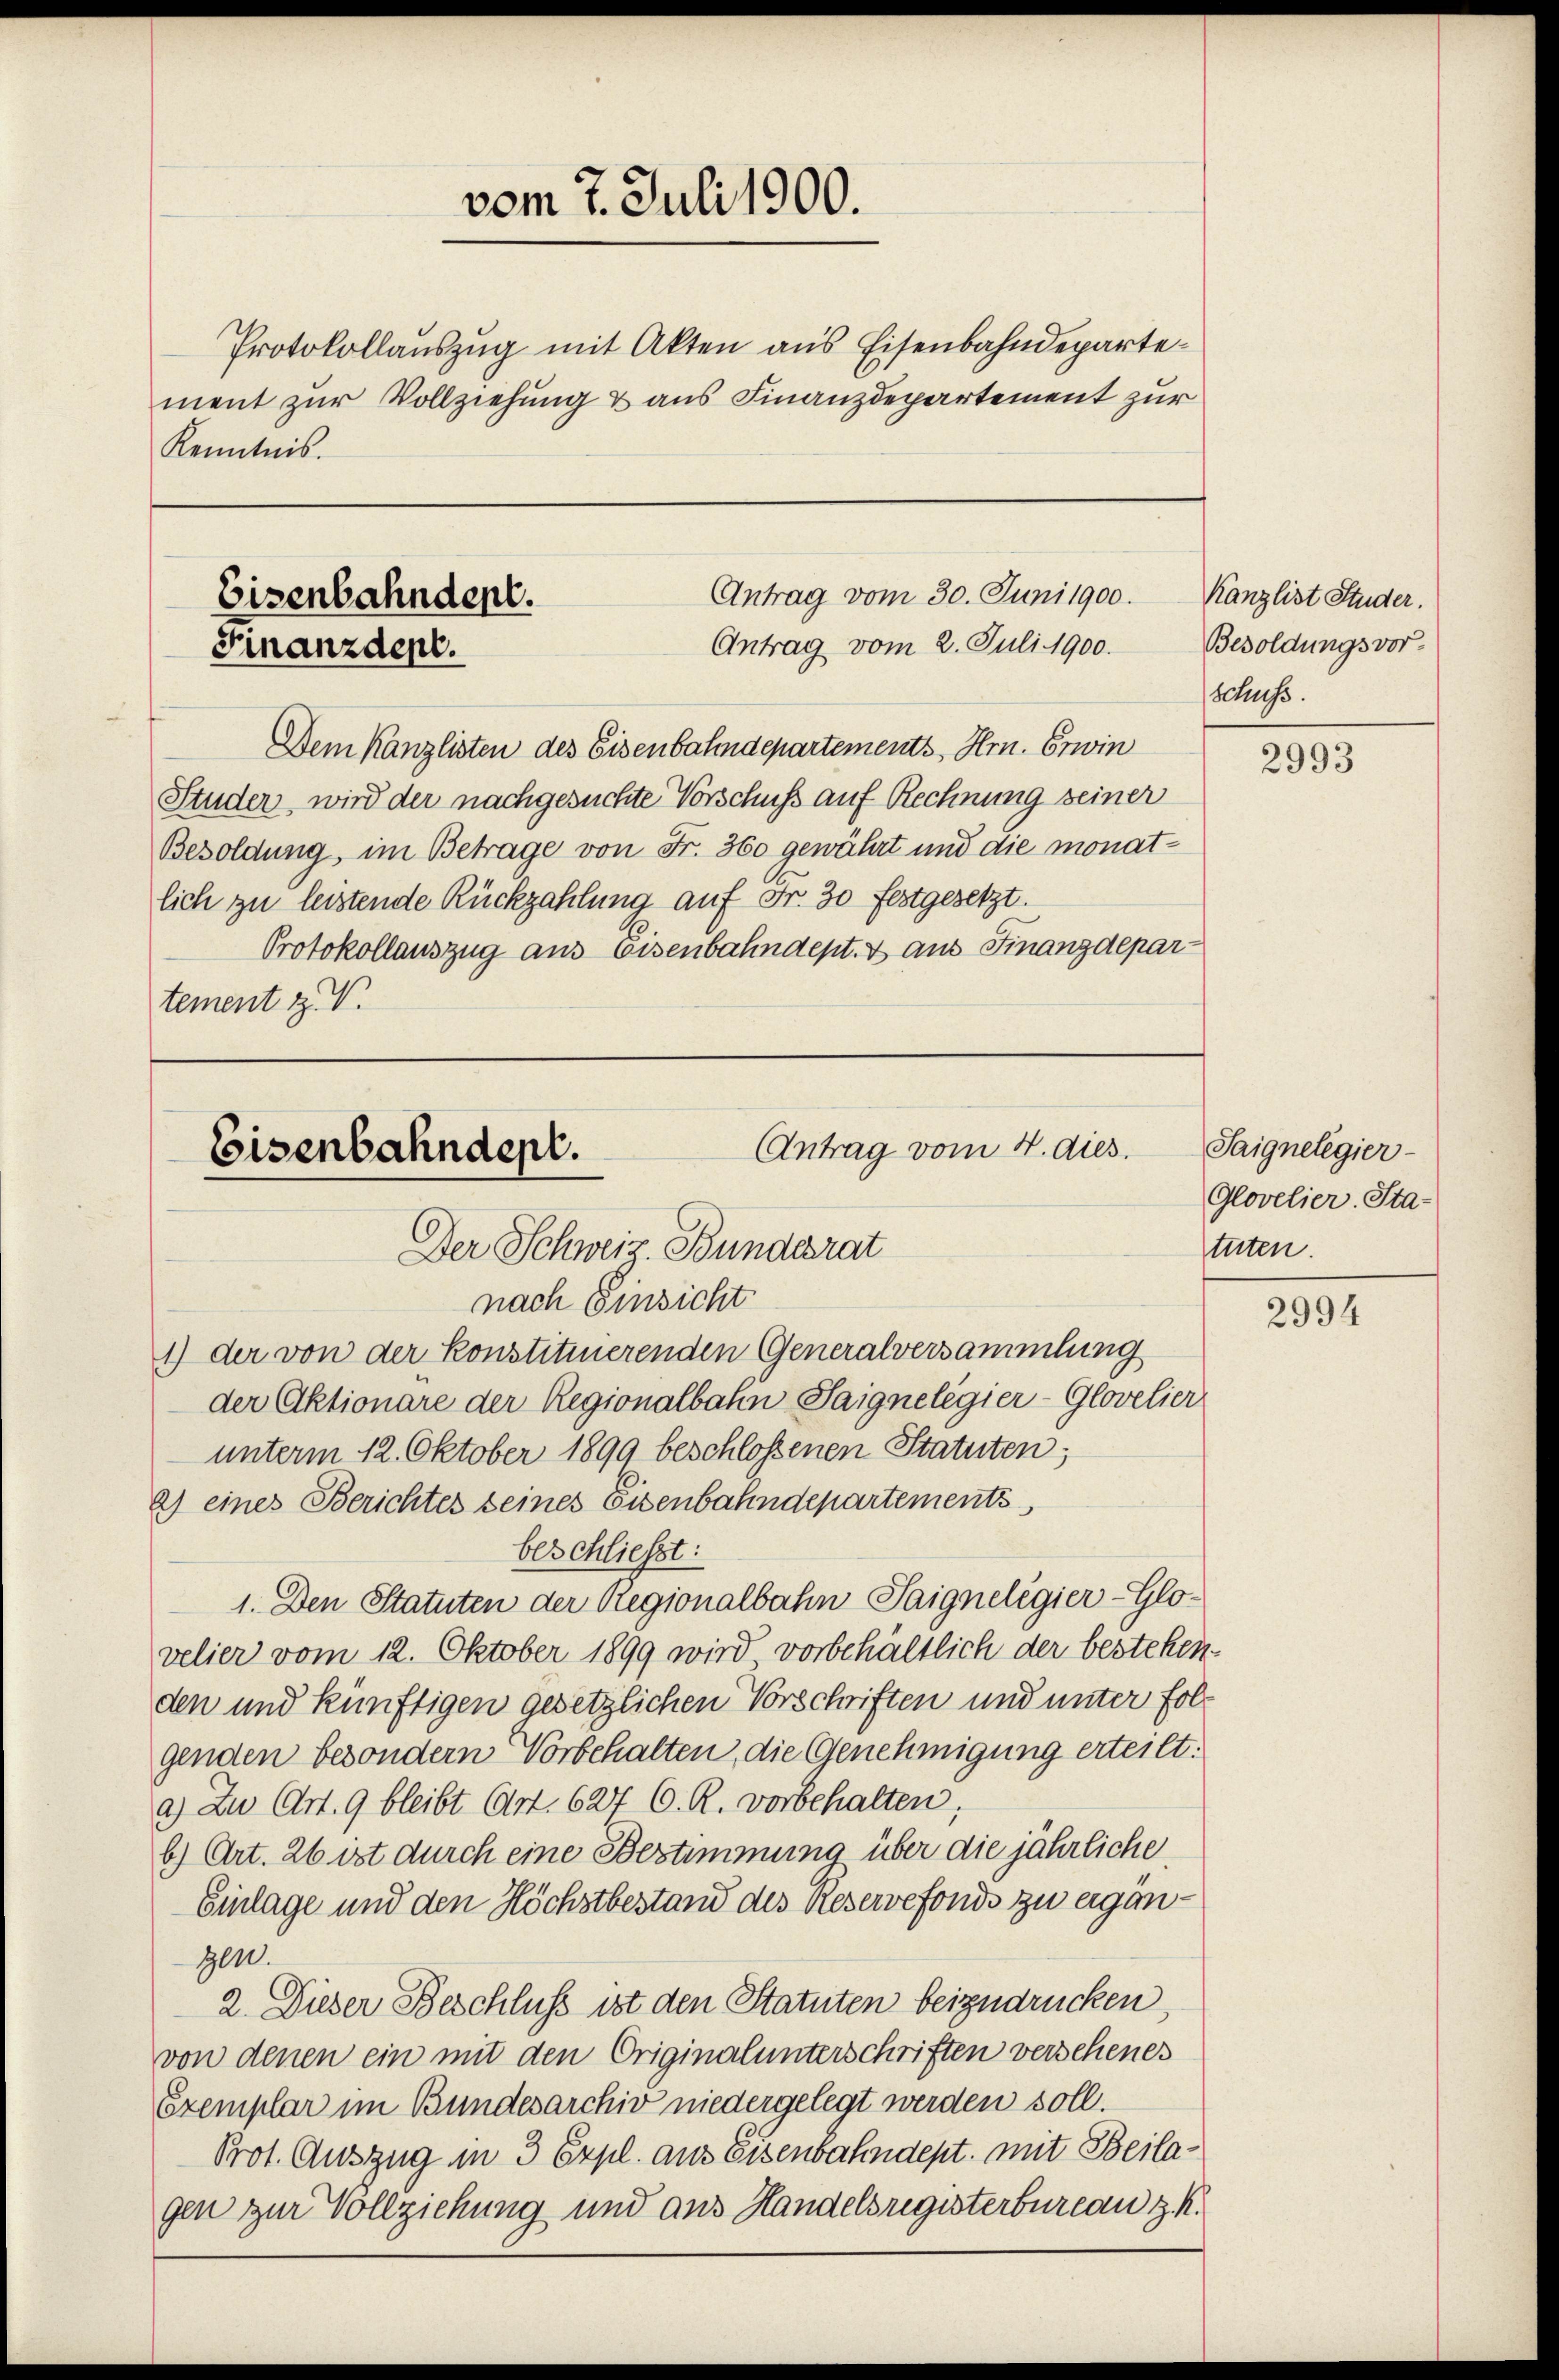
Protokollaŭszŭg mit Akten aus Eisenbahndepartement zur Vollziehung & aus Finanzdepartement zur
Kenntnis.

vom 7. Juli 1900.

Antrag vom 30. Juni 1900.
Eisenbahndent.
Antrag vom 2. Juli 1900.
Finanzdept.

Dem Kanzlisten des Eisenbahndepartements Hrn. Erwin
Studer, wird der nachgesuchte Vorschuß auf Rechnung seiner
Besoldung, im Betrage von Fr. 360 gewährt und die monatlich zu leistende Rückzahlung auf Fr. 30 festgesetzt.
Protokollauszug aus Eisenbahndept. & aus Finanzdepartement z. V.

Antrag vom 4. dies.
Eisenbahndept.
Der Schweiz Bunderat

nach Einsicht
1) der von der Konstituierenden Generalversammlung
der Aktionare der Regionalbahn-Saignelegier-Glovelier
unterm 12. Oktober 1899 beschlossenen Statuten;
a) eines Berichtes seines Eisenbahndepartements
beschliesst:
1. Den Statuten der Regionalbahn-Saigneligier-Glovelier vom 12. Oktober 1899 wird vorbehältlich der bestehen.
den und künftigen gesetzlichen Vorschriften und unter folgenden besondern Vorbehalten, die Genehmigung erteilt.
a) Zu Art. 9 bleibt Art. 627 C. R. vorbehalten;
b) Art. 26 ist durch eine Bestimmung über die jährliche
Einlage und den Höchstbestand des Reservefonds zu erganzen.
2. Dieser Beschluss ist den Statuten beizudrücken,
von denen ein mit den Originalunterschriften versehenes
Exemplar im Bundesarchiv niedergelegt werden soll.
Prot. Auszug in 3 Erpl. aus Eisenbahndept, mit Beilagen zur Vollziehung und aus Handelsregisterbureau z. K.

Kanzlist Studer.
Besoldungsvor-
schuss.

2993

Saignelegier
Glovelier. Sta-
tuten.

2994